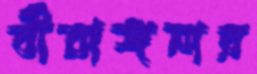
বীরাঙ্গনার